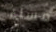
مساء